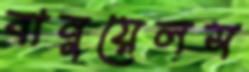
বানুয়েলস